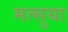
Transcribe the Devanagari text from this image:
मत्सुया